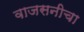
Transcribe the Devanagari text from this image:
वाजसनीचा